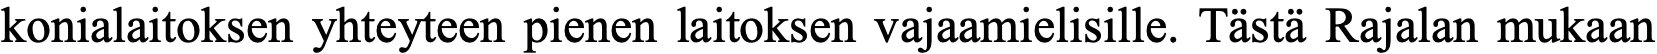
konialaitoksen yhteyteen pienen laitoksen vajaamielisille. Tästä Rajalan mukaan